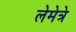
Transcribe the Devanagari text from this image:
लेमेत्रे